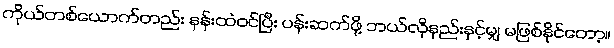
ကိုယ်တစ်ယောက်တည်း နန်းထဲဝင်ပြီး ပန်းဆက်ဖို့ ဘယ်လိုနည်းနှင့်မျှ မဖြစ်နိုင်တော့။